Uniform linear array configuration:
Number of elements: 32
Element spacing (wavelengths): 0.75
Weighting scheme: cosine
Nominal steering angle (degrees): -60
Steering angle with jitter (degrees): -60.465
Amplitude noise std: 0.05
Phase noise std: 0.05

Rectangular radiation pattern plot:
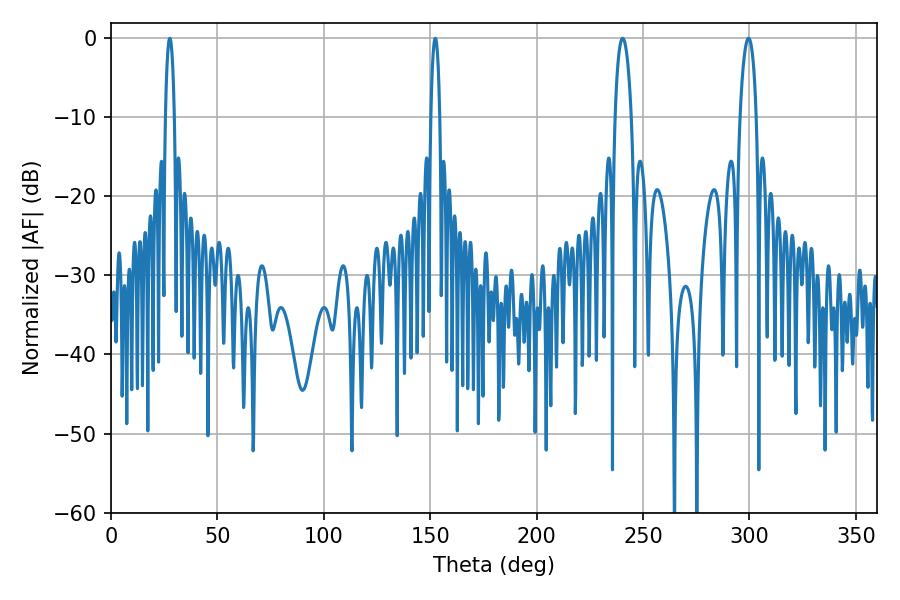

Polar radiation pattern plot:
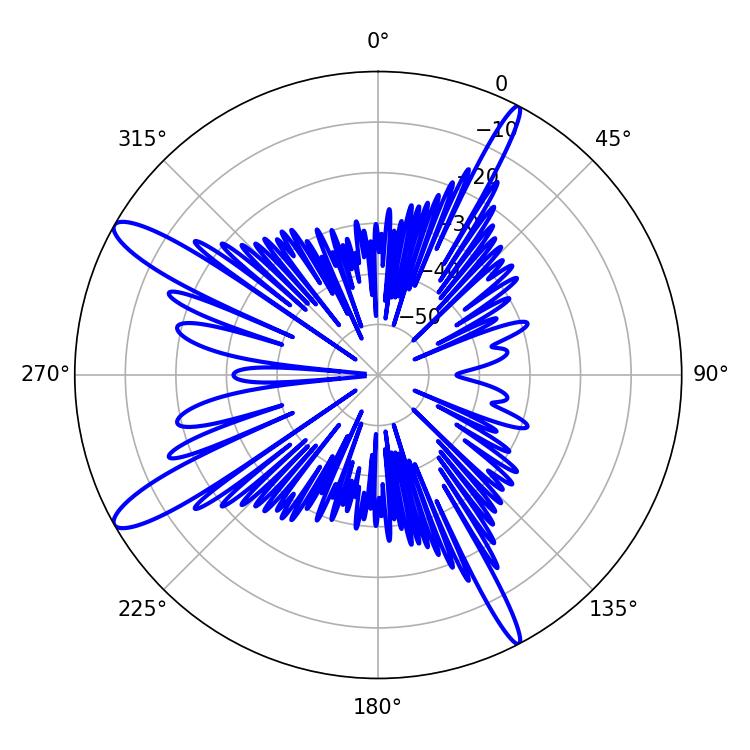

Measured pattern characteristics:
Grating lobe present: TRUE
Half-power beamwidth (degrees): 4.32
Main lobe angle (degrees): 240.48